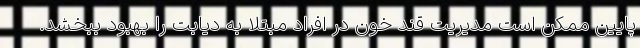
پایین ممکن است مدیریت قند خون در افراد مبتلا به دیابت را بهبود ببخشد.